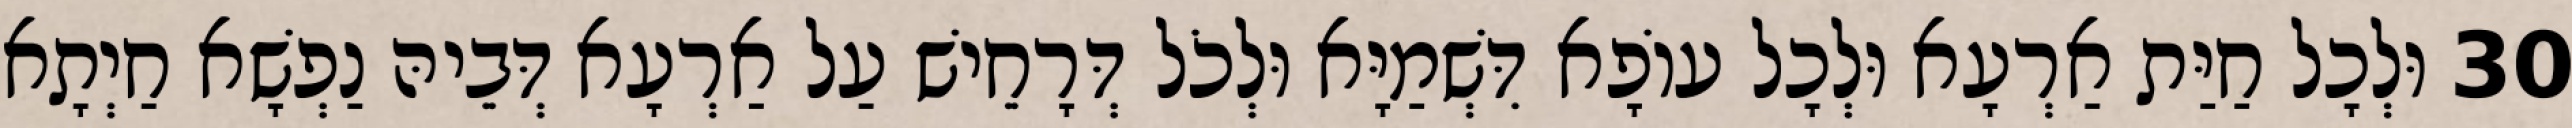
30 וּלְכָל חַיַּת אַרְעָא וּלְכָל עוֹפָא דִּשְׁמַיָּא וּלְכֹל דְּרָחֵישׁ עַל אַרְעָא דְּבֵיהּ נַפְשָׁא חַיְתָא